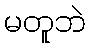
မတူဘဲ